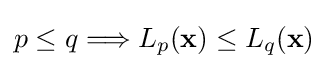
p\leq q\Longrightarrow L_{p}(\mathbf {x} )\leq L_{q}(\mathbf {x} )